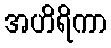
အဟိရိကာ